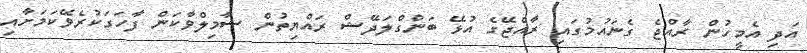
އަދި އެމީހުން ރާއްޖެ ގެނައުމުގައި ރާއްޖޭގެ އުޅޭ ބަންގްލަދޭޝް ރައްޔިތުން ޝާމިލްވާކަން ފާހަގަކުރެވޭކަމަށާއި